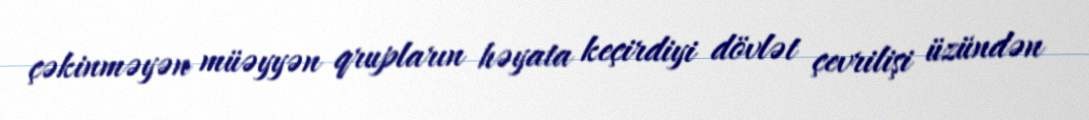
çəkinməyən müəyyən qrupların həyata keçirdiyi dövlət çevrilişi üzündən